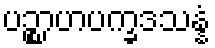
ပဉ္စာဟပက္ခဒသန္နံ